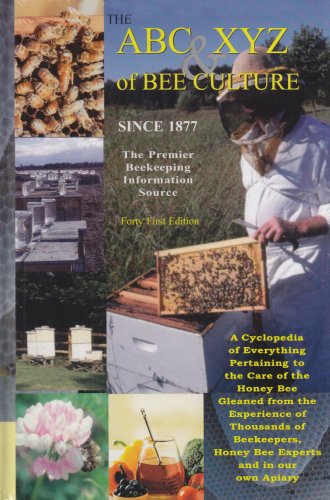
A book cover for The ABC & XYZ of Bee Culture: An Encyclopedia Pertaining to the Scientific and Practical Culture of Honey Bees; Amos Ives Root; Reference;